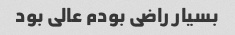
بسیار راضی بودم عالی بود